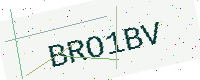
Text: BRO1BV